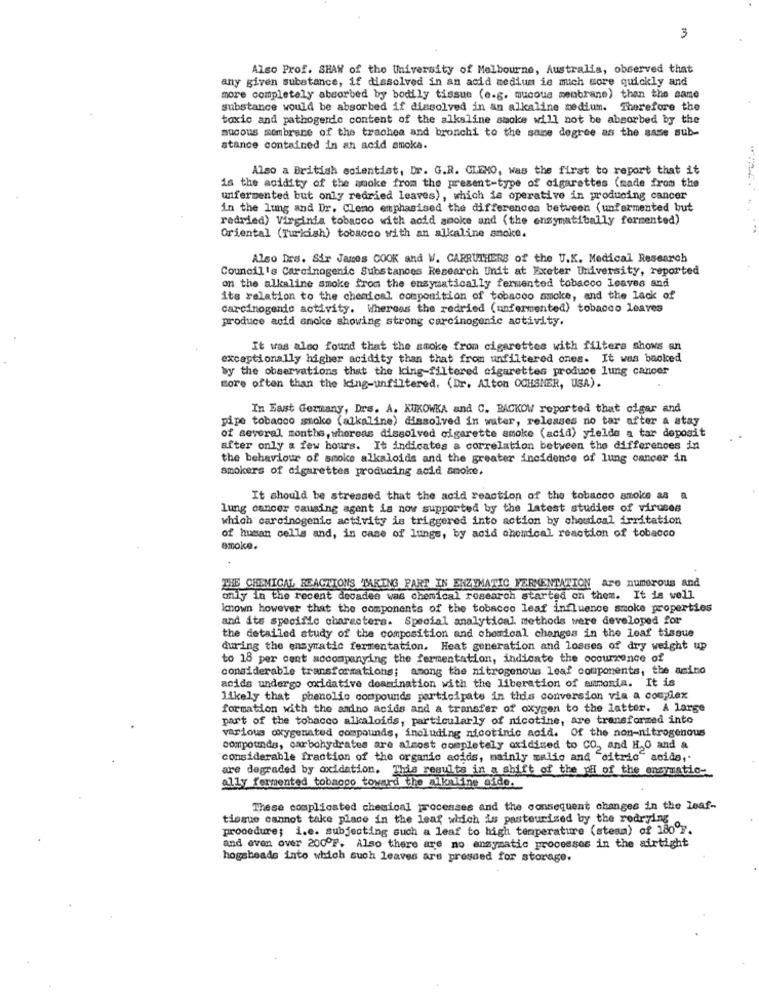
3
Also Prof. SHAW of the University of Melbourne, Australia, observed that
any given substance, if dissolved in an acid medium ie much more quickly and
more completely absorbed by bodily tissue (e.g. mucous membrane) than the same
substance would be absorbed if dissolved in an alkaline medium. Therefore the
toxic and pathogenic content of the alkaline smoke will not be absorbed by the
mucous membrane of the trachea and bronchi to the same degree as the same sub-
stance contained in an acid smoke.
Also a British scientist, Dr. G.R. CLENO, Was the first to report that it
is the acidity of the smoke from the present-type of cigarettes (made from the
unfermented but only redried leaves), which is operative in producing cancer
in the lung and Dr. Clemo emphasised the differences between (unfermented but
redried) Virginia tobacco with acid smoke and (the enzymatically fermented)
Oriental (Turkish) tobacco with an alkaline anoke.
Also Drs. Sir James COOK and W. CARRUTHERS of the U.K. Medical Research
Council's Carcinogenic Substances Research Unit at Exeter University, reported
on the alkaline smoke from the ensymatically fermented tobacco leaves and
its relation to the chemical composition of tobacco smoke, and the lack of
carcinogende activity. Whereas the redried (unfermented) tobacco Leaves
produce acid smoke showing strong carcinogenic activity.
It was also found that the smoke from cigarettes with filters shows an
exceptionally higher acidity than that from unfiltered ones. It was backed
by the observations that the king-filtered cigarettes produce lung cancer
Bore often than the king-unfiltered. (Dr. Alton OCHSMER, USA).
In East Germany, Drs. A. KUKOWKA and C. BACKOW reported that cigar and
pipe tobacco stoke (alkaline) dissolved in water, releases no tar after a stay
of several months, whereas dissolved cigarette smoke (acid) yields a tar deposit
after only a few hours. It indicates a correlation between the differences in
the behaviour of smoke alkaloids and the greater incidence of lung cancer in
smokers of cigarettes producing acid anoke.
It should be stressed that the acid reaction of the tobacco smoke as a
lung cancer causing agent is now supported by the latest studies of viruses
which carcinogenic activity is triggered into action by chouical irritation
of human cells and, in case of lungs, by acid chemical reaction of tobacco
smoke.
THE CHEMICAL REACTIONS TAKING PART IN ENZYMATIC FERMENTATION are numerous and
only in the recent decades was chemical rosearch started on them. It is well
Imown however that the components of the tobacco leaf influence smoke properties
and its specific characters. Special analytical methods were developed for
the detailed study of the composition and chemical changes in the leaf tissue
during the ensyratic fermentation. Heat generation and losses of dry weight up
to 18 per cent accompanying the fermentation, indicate the occurrence of
considerable transformations; among the nitrogenous leaf components, the amino
acids undergo oxidative deamination with the liberation of ammonia. It is
likely that phenolic compounds participate in this conversion via a complex
formation with the amino acids and a transfer of oxygen to the latter. A large
part of the tobacco alkaloids, particularly of nicotine, are transformed into
various oxygenated compounds, including nicotinic acid. Of the non-nitrogenous
compounds, carbohydrates are almost completely oxidized to CO, and H.O and a
considerable fraction of the organic acids, mainly malio and "citric" acids ,.
are degraded by oxidation. This results in a shift of the pH of the onsymatio-
ally fermented tobacco toward the alkaline side.
These complicated chemical processes and the consequent changes in the leaf-
tissue cannot take place in the leaf which is pasteurized by the redrying
procedure; i.e. subjecting such a leaf to high temperature (steam) of 180ºF.
and even over 200ºF. Also there are no ansymatic processos in the airtight
hogsheads into which such leaves are pressed for storage.